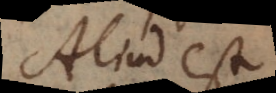
Aliud est